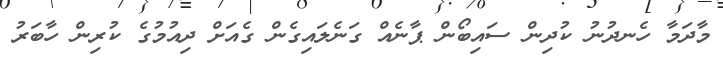
މާދަމާ ހެނދުނު ކުދިން ސައިބޯން ޕާނެއް ގަނެލައިގެން ގެއަށް ދިއުމުގެ ކުރިން ހާބަރު